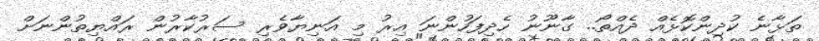
ތަޅާނެ ކުދިންކޮޅެއް ދެއްތޯ.. ގާނޫނު ހެދިފަހުންނަ އިރު މި އަނިޔާވެރި ސަރުކާރުން ރައްޔިތުންނަށް